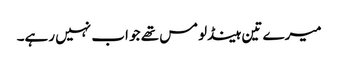
میرے تین ہینڈلومس تھے جو اب نہیں رہے۔